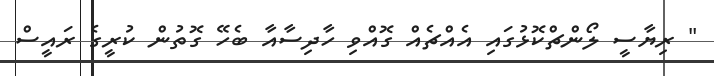
" ރިޔާސީ ލޯންޗްކޮޅުގައި އެއްޗެއް ގޮއްވި ހާދިސާއާ ބެހޭ ގޮތުން ކުރީގެ ރައީސް